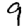
Digit: 9